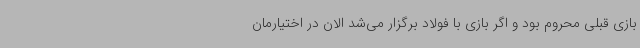
بازی قبلی محروم بود و اگر بازی با فولاد برگزار می‌شد الان در اختیارمان